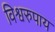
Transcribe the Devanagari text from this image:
विश्वरुपाय